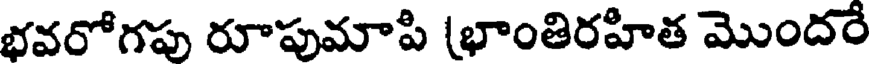
భవరోగపు రూపుమాపి (భాంతిరహిత మొందరే